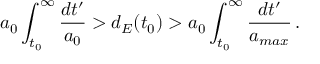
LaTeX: a _ { 0 } \int _ { t _ { 0 } } ^ { \infty } \frac { d t ^ { \prime } } { a _ { 0 } } > d _ { E } ( t _ { 0 } ) > a _ { 0 } \int _ { t _ { 0 } } ^ { \infty } \frac { d t ^ { \prime } } { a _ { m a x } } \, .